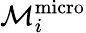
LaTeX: \mathcal{M}_{i}^{\mathrm{micro}}